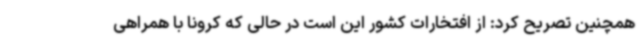
همچنین تصریح کرد: از افتخارات کشور این است در حالی که کرونا با همراهی